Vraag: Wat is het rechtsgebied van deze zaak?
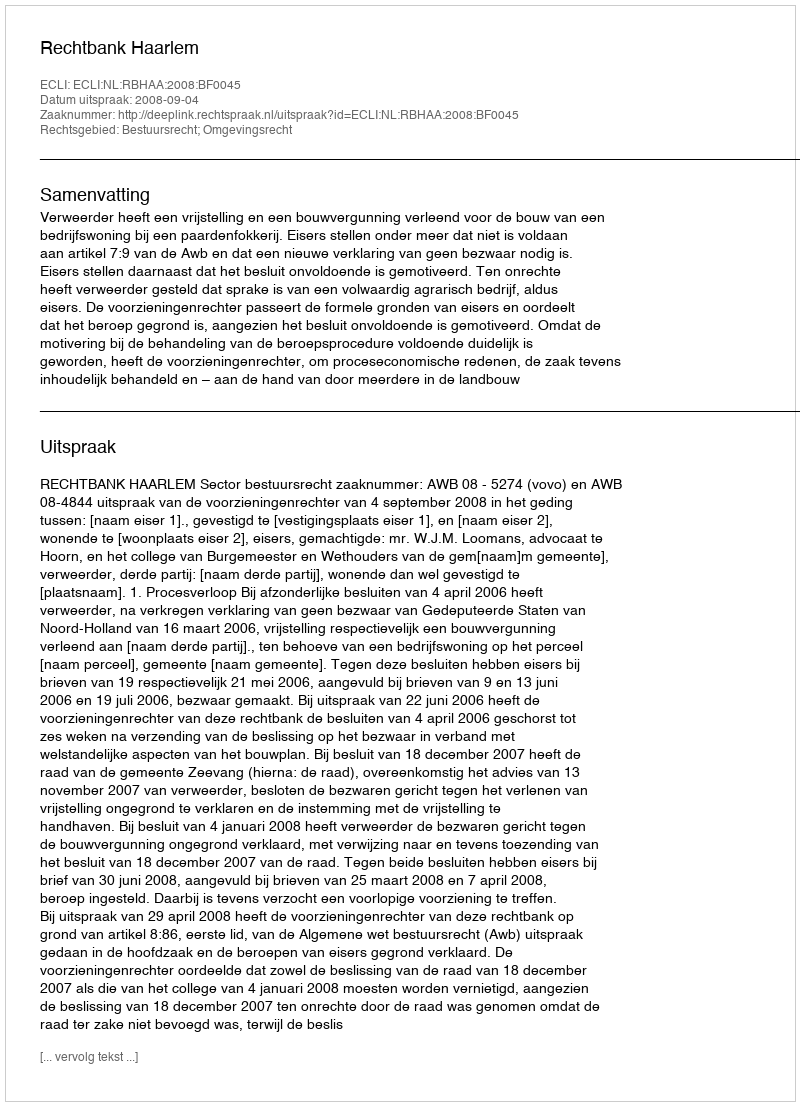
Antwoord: Bestuursrecht; Omgevingsrecht